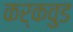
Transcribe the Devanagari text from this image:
कर्कवुड